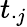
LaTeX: t_{\cdot j}